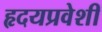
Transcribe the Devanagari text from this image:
हृदयप्रवेशी